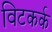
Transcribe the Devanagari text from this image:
विटकर्क